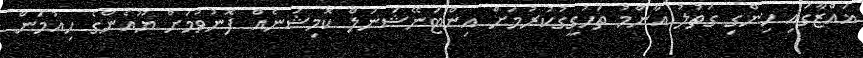
ޣައްޒާގައި ހިންގި ގަތުލު އާންމު ތަހުގީގުކުރުމަށް އިންޓަނޭޝަނަލް ކޮމިޝަނެއް ފޮނުވުމަށް ޔޫއެންގެ ހިއުމަން